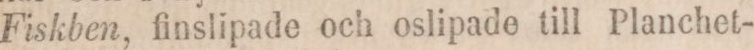
Fiskben, finslipade och oslipade till Planchet-